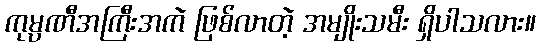
ကုမ္ပဏီအကြီးအကဲ ဖြစ်လာတဲ့ အမျိုးသမီး ရှိပါသလား။